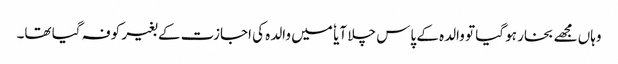
وہاں مجھے بخار ہو گیا تو والدہ کے پاس چلا آیا ٗ میں والدہ کی اجازت کے بغیر کوفہ گیا تھا۔